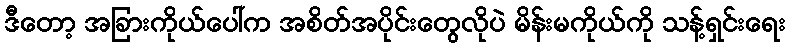
ဒီတော့ အခြားကိုယ်ပေါ်က အစိတ်အပိုင်းတွေလိုပဲ မိန်းမကိုယ်ကို သန့်ရှင်းရေး